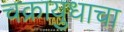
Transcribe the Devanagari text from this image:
चक्रायुधाचा